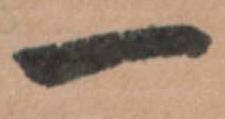
一